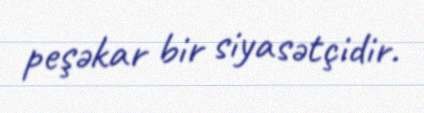
peşəkar bir siyasətçidir.